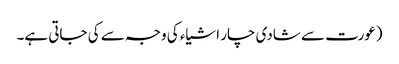
(عورت سے شادی چار اشیاء کی وجہ سے کی جاتی ہے۔